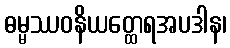
ဓမ္မဿဝနိယတ္ထေရအပဒါန၊